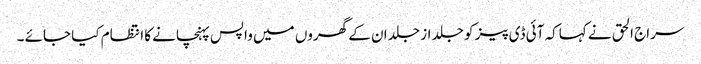
سراج الحق نے کہاکہ آئی ڈی پیز کو جلد از جلد ان کے گھروں میں واپس پہنچانے کا انتظام کیا جائے ۔